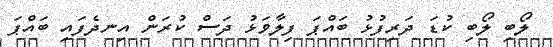
ލޯބި ލޯބި ކުޑަ ދަރިފުޅު ބައްޕަ ފިލާވަޅު ދަސް ކުރަން އިނދެފައި ބައްޕަ